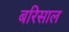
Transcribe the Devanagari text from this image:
बरिसाल